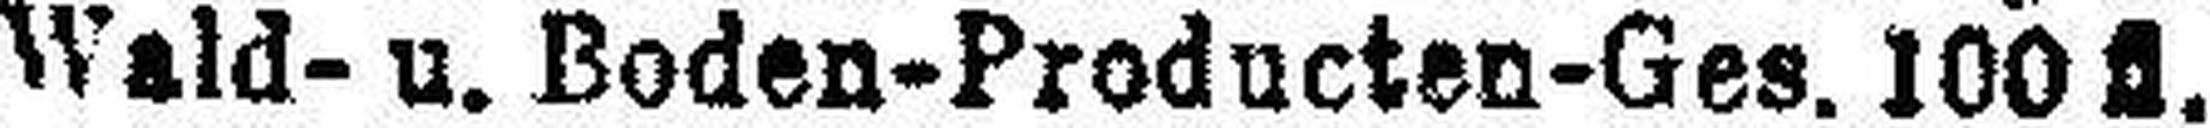
Wald- u. Boden-Producten-Ges. 100 fl.